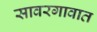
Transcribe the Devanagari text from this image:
सावरगावात